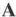
A